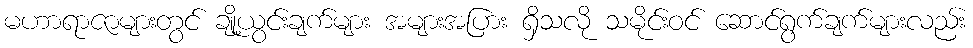
မဟာရာဇာများတွင် ချို့ယွင်းချက်များ အများအပြား ရှိသလို သမိုင်းဝင် ဆောင်ရွက်ချက်များလည်း